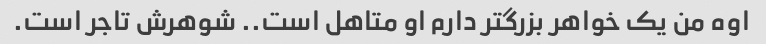
اوه من یک خواهر بزرگتر دارم او متاهل است.. شوهرش تاجر است.